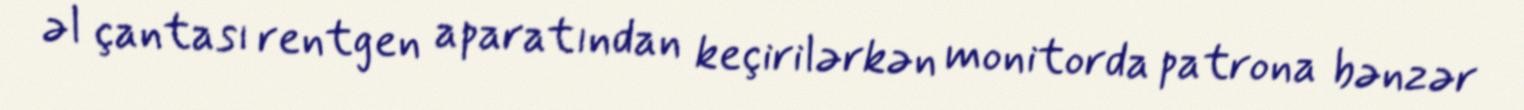
əl çantası rentgen aparatından keçirilərkən monitorda patrona bənzər